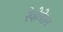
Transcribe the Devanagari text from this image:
रेव्हेलेशन